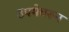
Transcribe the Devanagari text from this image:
उपमेवरून